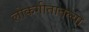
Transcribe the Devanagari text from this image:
लोकगीतातल्या